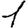
Digit: 1